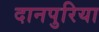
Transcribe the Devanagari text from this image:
दानपुरिया